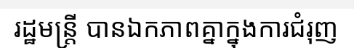
រដ្ឋមន្ត្រី បានឯកភាពគ្នាក្នុងការជំរុញ